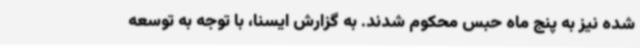
شده نیز به پنج ماه حبس محکوم شدند. به گزارش ایسنا، با توجه به توسعه